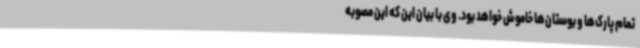
تمام پارک‌ها و بوستان‌ها خاموش خواهد بود. وی با بیان این که این مصوبه